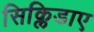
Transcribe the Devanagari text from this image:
सिक्लिडाए